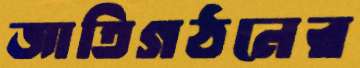
জাতিগঠনের